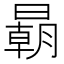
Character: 𣋂